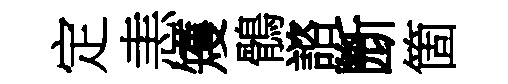
定恚矱鶻諮㫁箇